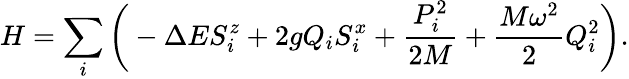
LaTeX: H=\sum_{i}\bigg(-\Delta ES_{i}^{z}+2gQ_{i}S_{i}^{x}+\frac{P_{i}^{2}}{2M}+\frac{M\omega^{2}}{2}Q_{i}^{2}\bigg).